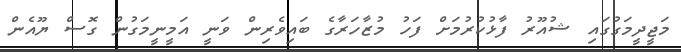
މަޖީދީމަގުގައި ޝުއޫރު ފާޅުކުރުމަށް ފަހު މުޒާހަރާގެ ބައިވެރިން ވަނީ އަމީނީމަގުން ގޮސް ޔޫއެން